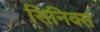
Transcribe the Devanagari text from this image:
सिनिक्स